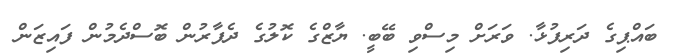
ބައްޕިގެ ދަރިފުޅާ. ވަރަށް މިސްވި ބޭބީ. ޔާޒްގެ ކޮލުގެ ދެފާރުން ބޮސްދެމުން ފައިޒަން